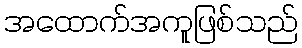
အထောက်အကူဖြစ်သည်